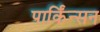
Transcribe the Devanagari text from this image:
पार्किंन्सन